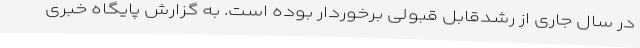
در سال جاری از رشدقابل قبولی برخوردار بوده است. به گزارش پایگاه خبری